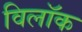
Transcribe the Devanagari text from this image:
विलॉक